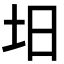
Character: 𡉭